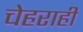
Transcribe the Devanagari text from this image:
चेहराही